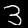
Label: 3